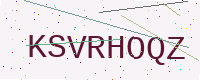
Text: KSVRHOQZ